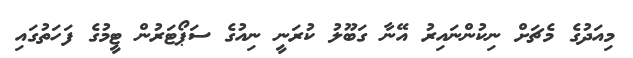
މިއަދުގެ މެޗަށް ނިކުންނައިރު އޭނާ ގަބޫލު ކުރަނީ ނިއުގެ ސަޕޯޓަރުން ޓީމުގެ ފަހަތުގައި